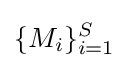
\{M_{i}\}_{i=1}^{S}